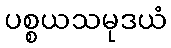
ပစ္စယသမုဒယံ